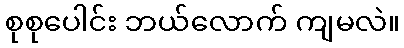
စုစုပေါင်း ဘယ်လောက် ကျမလဲ။